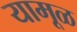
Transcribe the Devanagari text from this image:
यामूळ